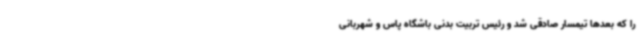
را که بعدها تیمسار صادقی شد و رئیس تربیت بدنی باشگاه پاس و شهربانی